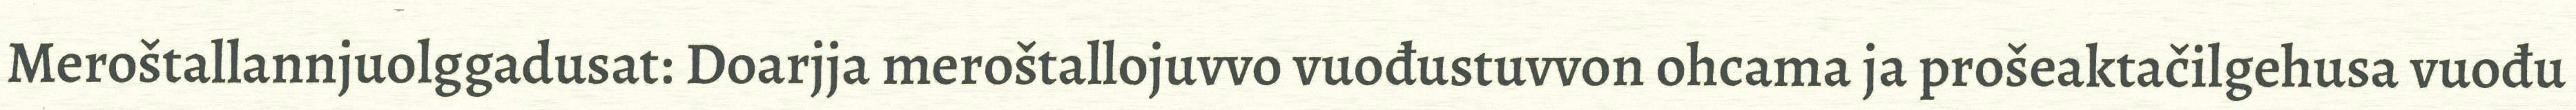
Meroštallannjuolggadusat: Doarjja meroštallojuvvo vuođustuvvon ohcama ja prošeaktačilgehusa vuođu